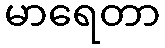
မာရေတာ